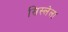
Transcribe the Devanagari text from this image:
सिस्लेला